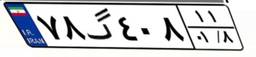
۷۸گ۴۰۸۱۱